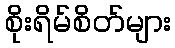
စိုးရိမ်စိတ်များ